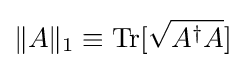
\|A\|_{1}\equiv \operatorname {Tr} [{\sqrt {A^{\dagger }A}}]